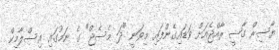
ޔާސިރް ގާޟީ ރާއްޖެއަށް ވަޑައިގެންފައި މިވަނީ "ދަ މެސެޖް" ގެ ނަމުގައި އިސްލާމިކް